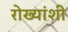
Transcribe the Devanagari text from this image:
रोख्यांशी